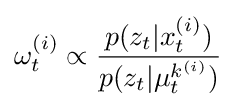
\omega _{t}^{(i)}\propto {\frac {p(z_{t}|x_{t}^{(i)})}{p(z_{t}|\mu _{t}^{k^{(i)}})}}